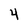
Character: 4